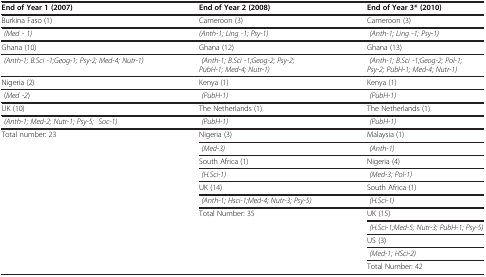
| End of Year 1 (2007) | End of Year 2 (2008) | End of Year 3* (2010) |
 | --- | --- | --- |
 | Burkina Faso (1) | Cameroon (3) | Cameroon (3) |
 | (Med - 1) | (Anth-1; Ling -1; Psy-1) | (Anth-1; Ling -1; Psy-1) |
 | Ghana (10) | Ghana (12) | Ghana (13) |
 | (Anth-1; B.Sci -1;Geog-1; Psy-2; Med-4; Nutr-1) | (Anth-1; B.Sci -1;Geog-2; Psy-2; PubH-1; Med-4; Nutr-1) | (Anth-1; B.Sci -1;Geog-2; Pol-1; Psy-2; PubH-1; Med-4; Nutr-1) |
 | Nigeria (2) | Kenya (1) | Kenya (1) |
 | (Med -2) | (PubH-1) | (PubH-1) |
 | UK (10) | The Netherlands (1) | The Netherlands (1) |
 | (Anth-1; Med-2; Nutr-1; Psy-5; Soc-1) | (PubH-1) | (PubH-1) |
 | Total number: 23 | Nigeria (3) | Malaysia (1) |
 |  | (Med-3) | (Anth-1) |
 |  | South Africa (1) | Nigeria (4) |
 |  | (H.Sci-1) | (Med-3; Pol-1) |
 |  | UK (14) | South Africa (1) |
 |  | (Anth-1; Hsci-1;Med-4; Nutr-3; Psy-5) | (H.Sci-1) |
 |  | Total Number: 35 | UK (15) |
 |  |  | (H.Sci-1;Med-5; Nutr-3; PubH-1; Psy-5) |
 |  |  | US (3) |
 |  |  | (Med-1; HSci-2) |
 |  |  | Total Number: 42 |